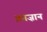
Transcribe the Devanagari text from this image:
क़ाज़ान